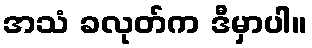
အသံ ခလုတ်က ဒီမှာပါ။